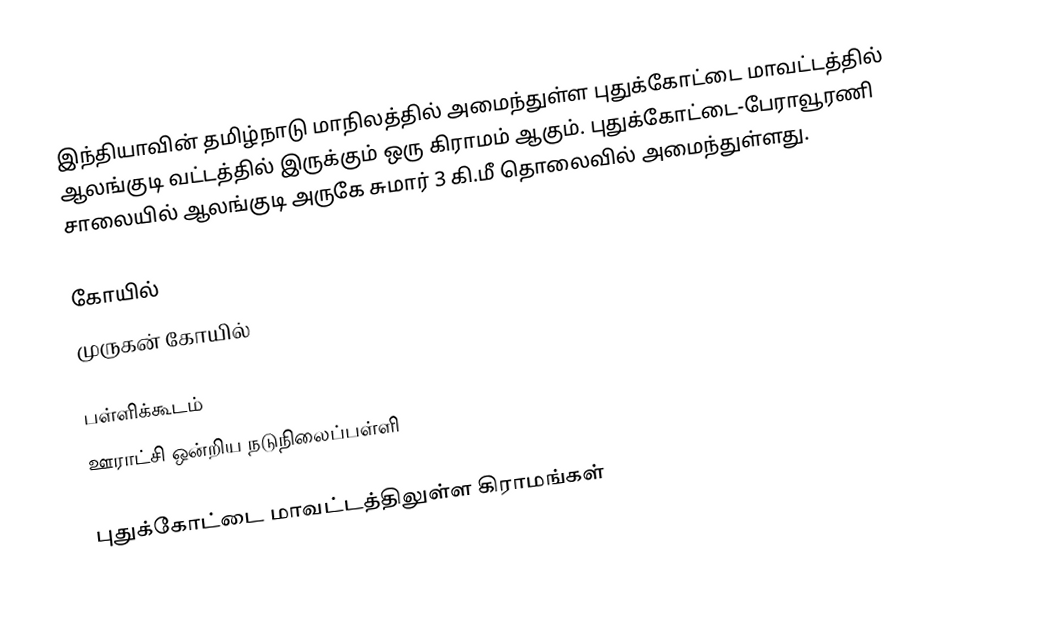
இந்தியாவின் தமிழ்நாடு மாநிலத்தில் அமைந்துள்ள புதுக்கோட்டை மாவட்டத்தில்   ஆலங்குடி வட்டத்தில் இருக்கும்  ஒரு கிராமம் ஆகும். புதுக்கோட்டை-பேராவூரணி சாலையில் ஆலங்குடி அருகே சுமார் 3 கி.மீ தொலைவில் அமைந்துள்ளது.

கோயில்
முருகன் கோயில்

பள்ளிக்கூடம்
ஊராட்சி ஒன்றிய நடுநிலைப்பள்ளி

புதுக்கோட்டை மாவட்டத்திலுள்ள கிராமங்கள்